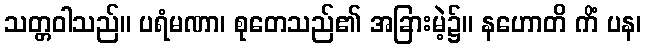
သတ္တဝါသည်။ ပရံမဏာ၊ စုတေသည်၏ အခြားမဲ့၌။ နဟောတိ ကိံ ပန၊